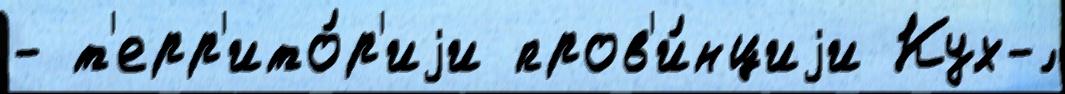
- т'ерр'ито́р'иjи пров'и́нциjи Кух-́